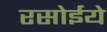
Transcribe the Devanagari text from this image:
रसोईये